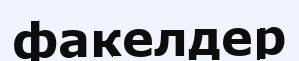
факелдер